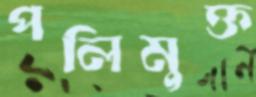
পলিমুক্ত